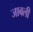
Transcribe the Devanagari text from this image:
जाबली